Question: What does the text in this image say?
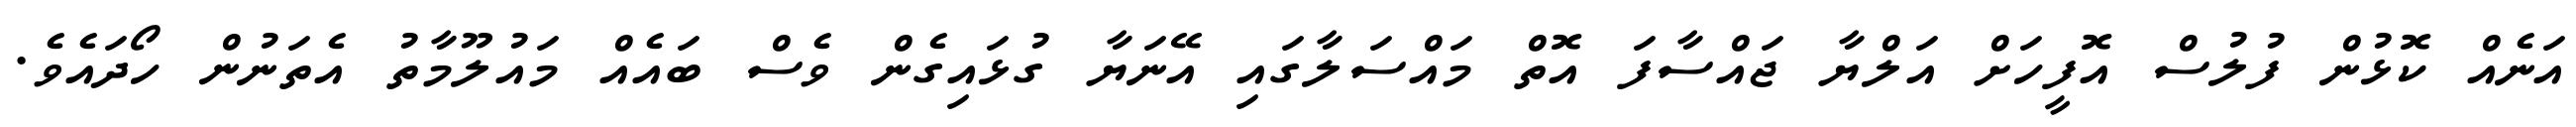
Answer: އަނެއް ކޮޅުން ފުލުސް އޮފީހަށް އަލްޔާ ޖައްސާފަ އޮތް މައްސަލާގައި އޭނަޔާ ގުޅައިގެން ވެސް ބައެއް މައުލޫމާތު އެތަނުން ހޯދައެވެ.